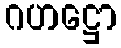
ဂဟဋ္ဌော